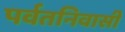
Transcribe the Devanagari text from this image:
पर्वतनिवासी